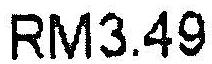
RM3.49